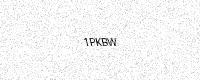
Text: 1PKBW